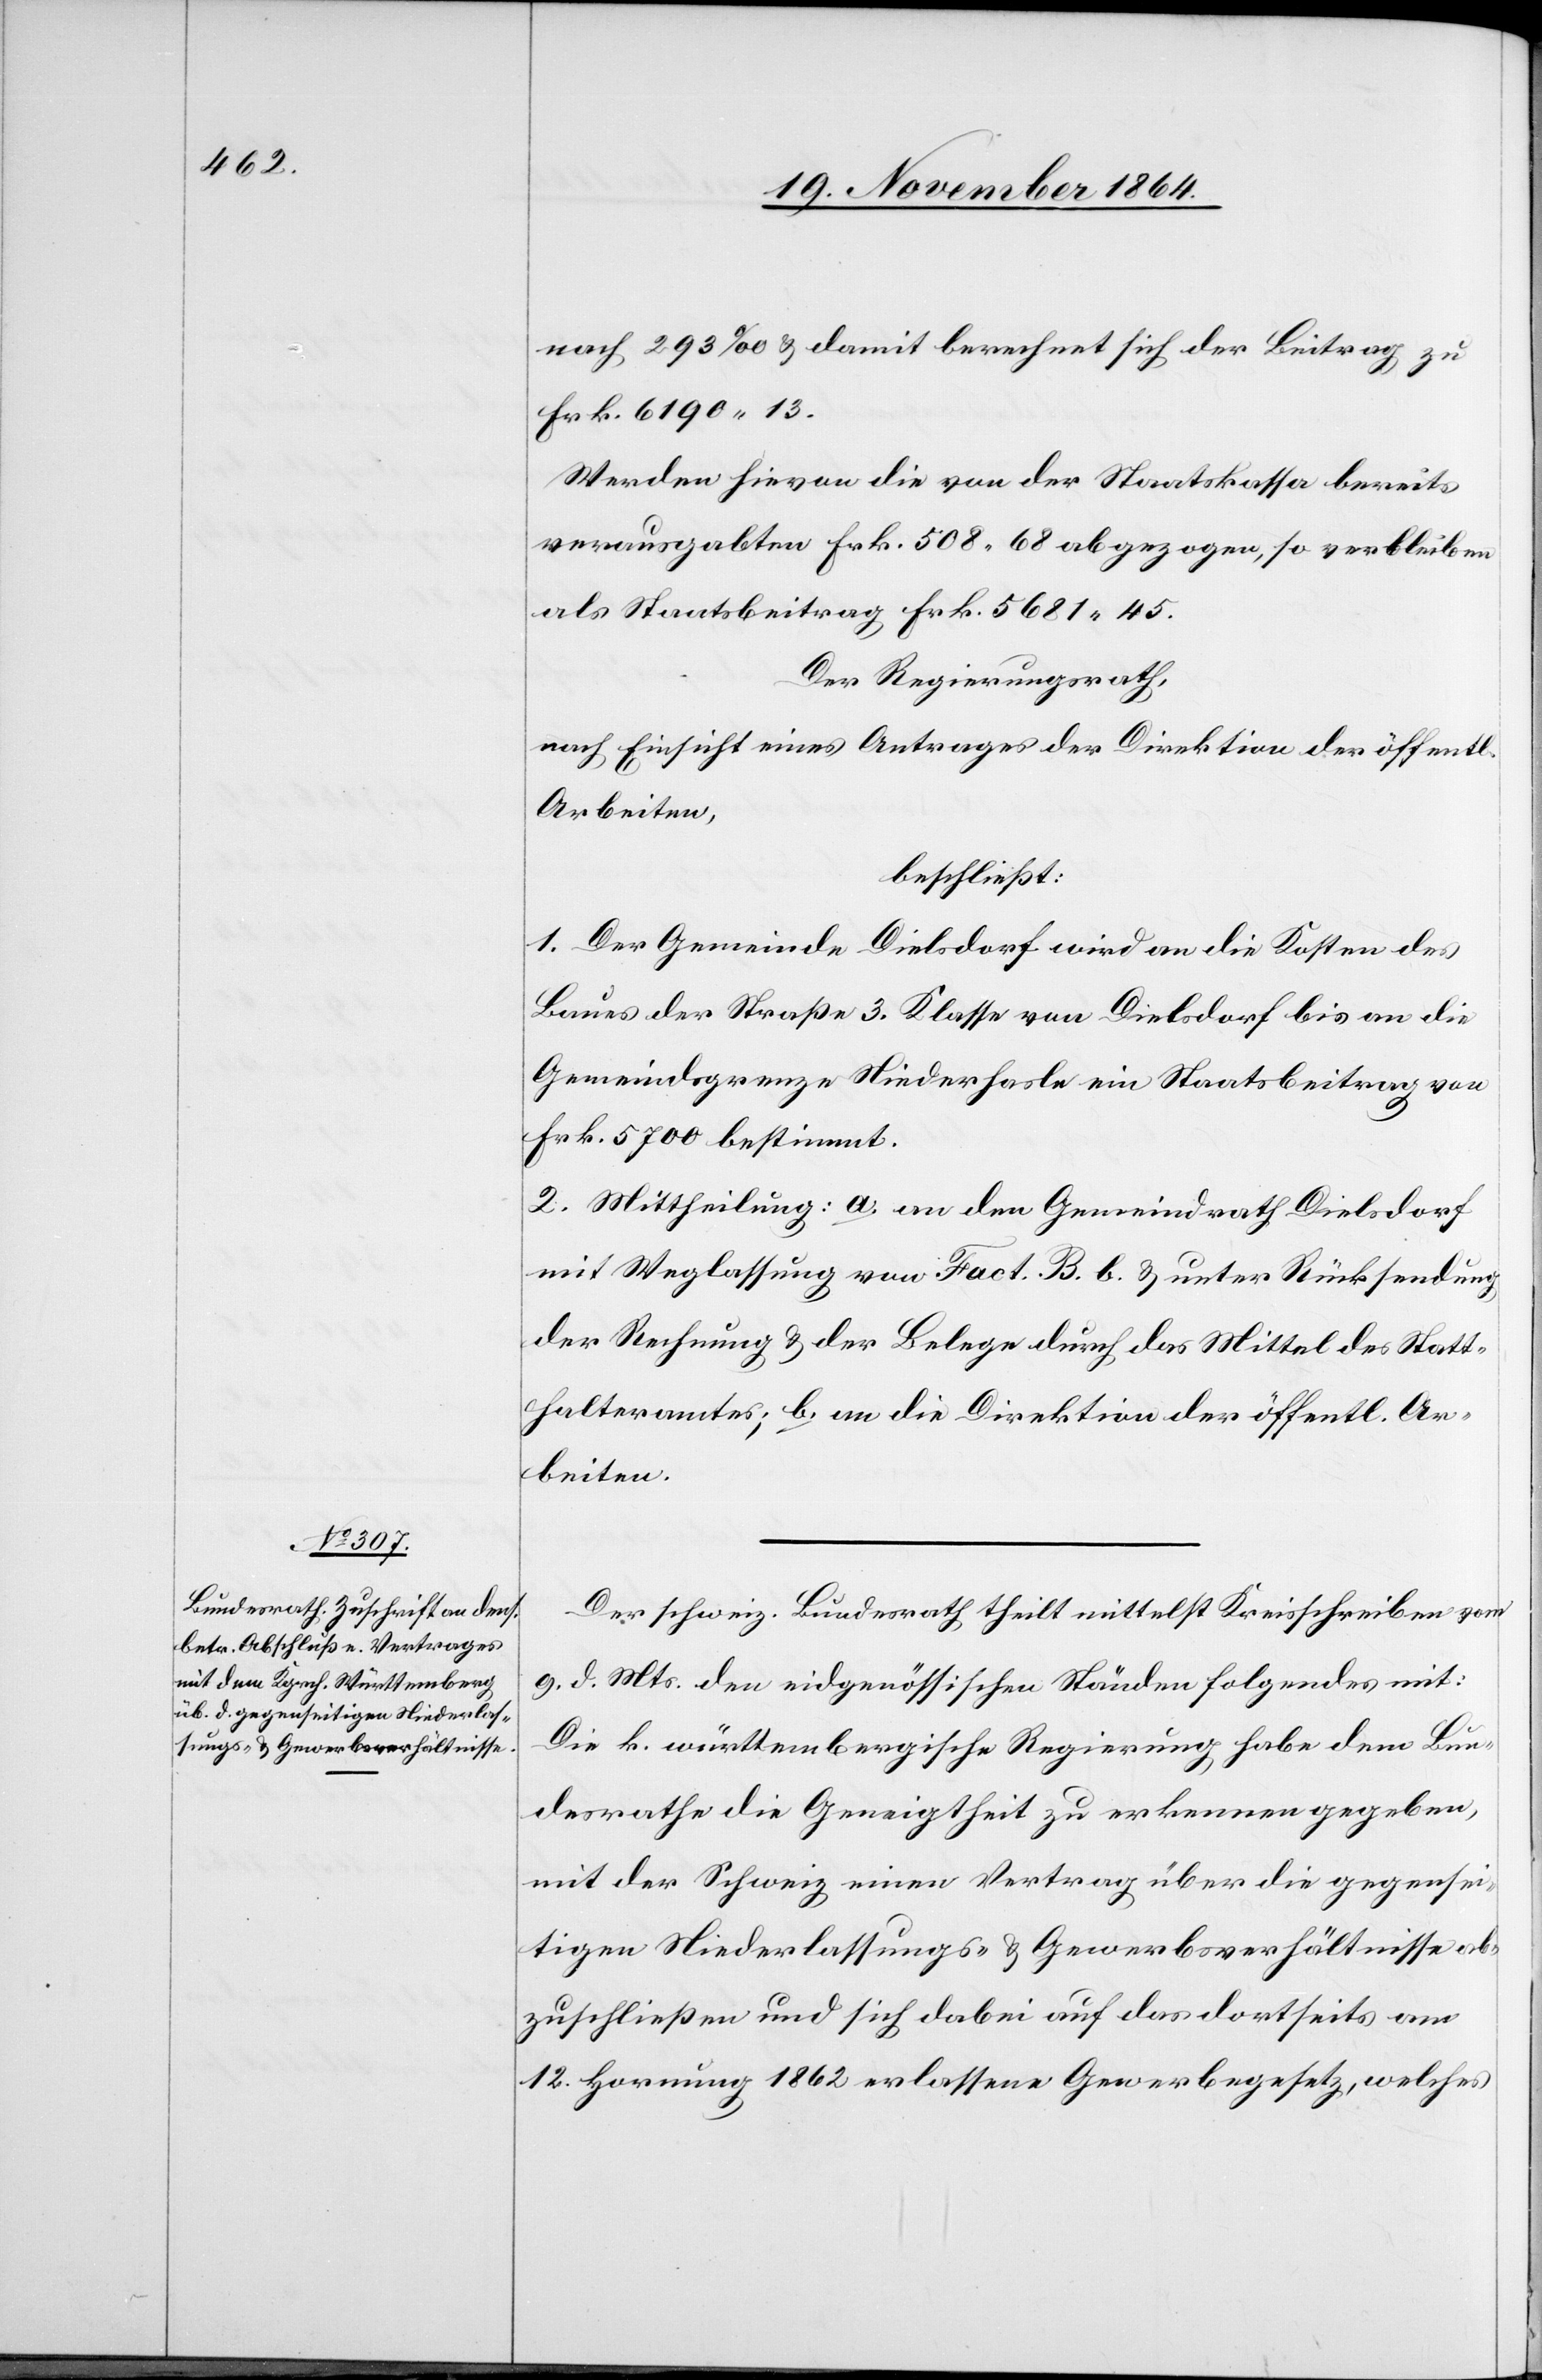
nach 293‰ & damit berechnet sich der Beitrag zu
Frk. 6190.13.
Werden hievon die von der Staatskassa bereits
verausgabten Frk. 508.68 abgezogen, so verbleiben
als Staatsbeitrag Frk. 5681.45.
Der Regierungsrath,
nach Einsicht eines Antrages der Direktion der öffentl.
Arbeiten,
beschließt:
1. Der Gemeinde Dielsdorf wird an die Kosten des
Baues der Straße 3. Klasse von Dielsdorf bis an die
Gemeindsgrenze Niederhasle ein Staatsbeitrag von
Frk. 5700 bestimmt.
2. Mittheilung: a. an den Gemeindrath Dielsdorf
mit Weglassung von Fact. B. b. & unter Rücksendung
der Rechnung & der Belege durch das Mittel des Statt¬
halteramtes; b. an die Direktion der öffentl. Ar¬
beiten.
Der schweiz. Bundesrath theilt mittelst Kreisschreiben vom
9. d. Mts. den eidgenössischen Ständen folgendes mit:
Die k. württembergische Regierung habe dem Bun¬
desrathe die Geneigtheit zu erkennen gegeben,
mit der Schweiz einen Vertrag über die gegensei¬
tigen Niederlassungs- & Gewerbsverhältnisse ab¬
zuschließen und sich dabei auf das dortseits am
12. Hornung 1862 erlassene Gewerbegesetz, welches